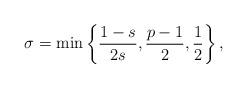
LaTeX: \begin{align*}\sigma=\min\left\{\frac{1-s}{2s},\frac{p-1}{2},\frac{1}{2}\right\},\end{align*}